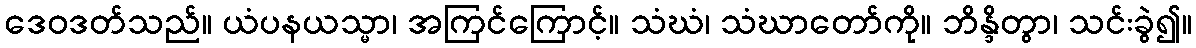
ဒေဝဒတ်သည်။ ယံပနယသ္မာ၊ အကြင်ကြောင့်။ သံဃံ၊ သံဃာတော်ကို။ ဘိန္ဒိတွာ၊ သင်းခွဲ၍။